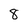
Character: 8